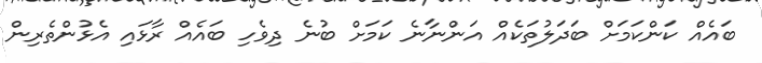
ބައެއް ކަންކަމަށް ބަދަލުތަކެއް އަންނާނެ ކަމަށް ބުނެ ދިވެހި ބައެއް ރާޅައި އެޅުންތެރިން